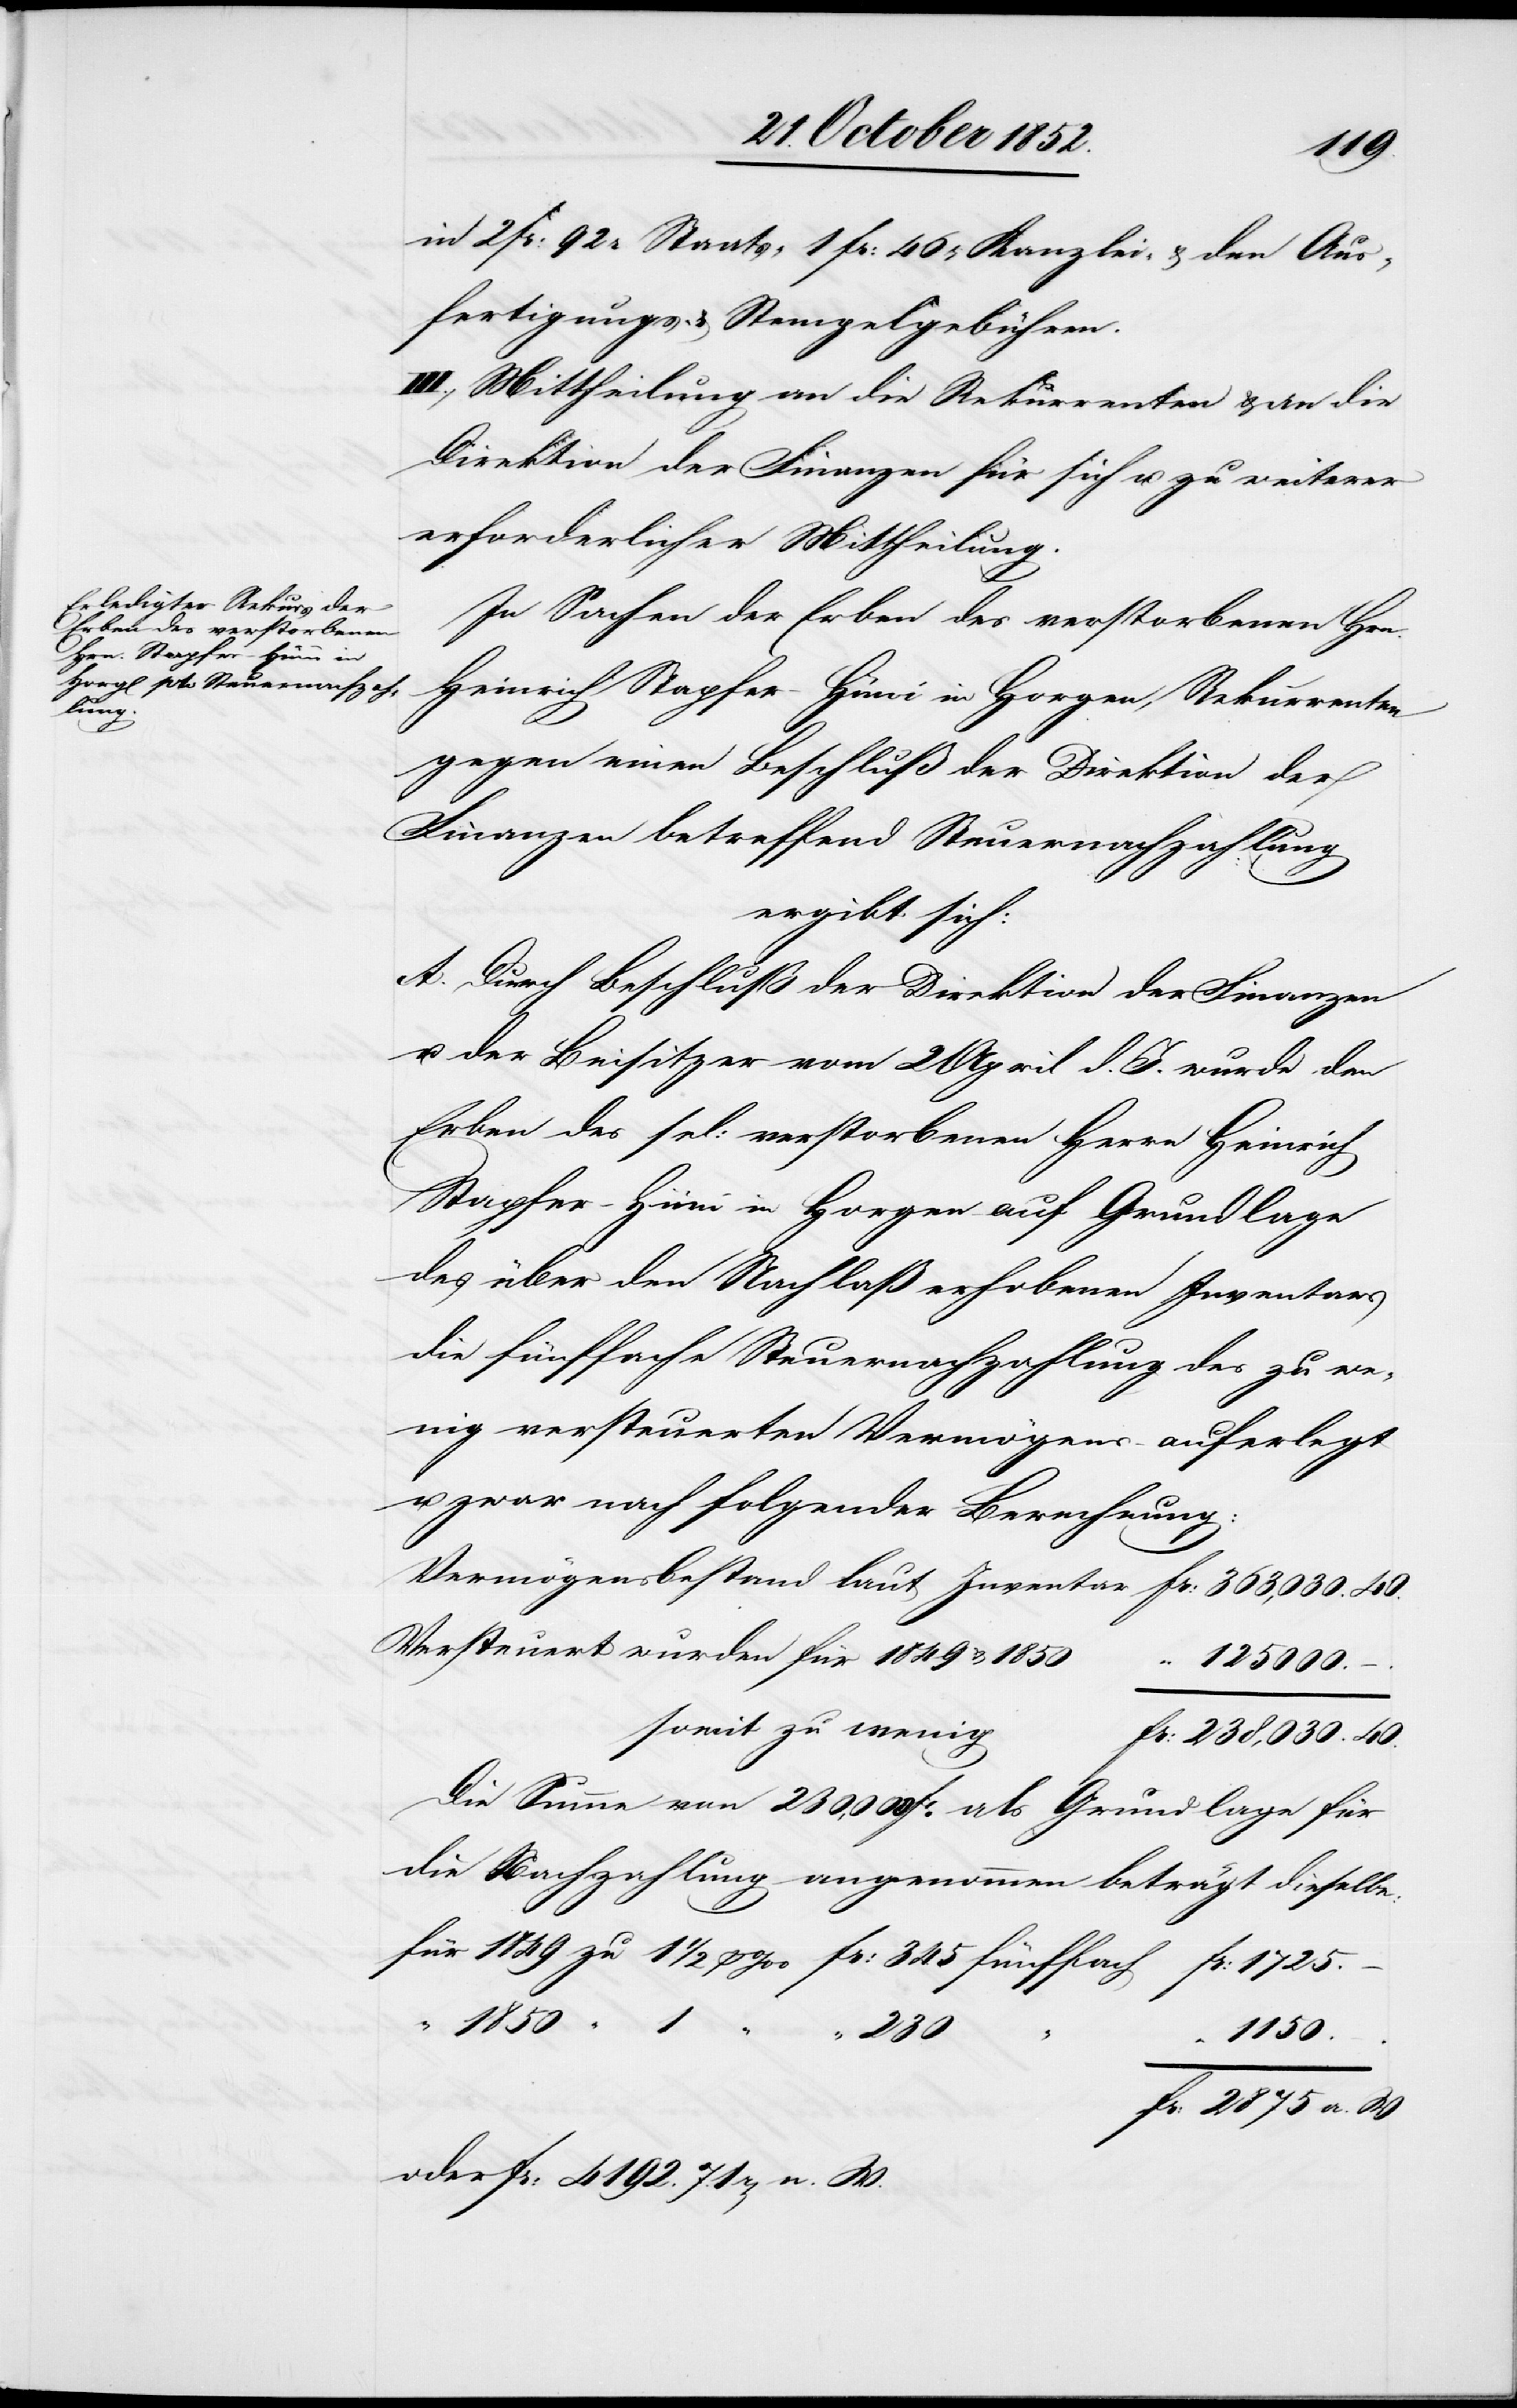
1850
III., Mittheilung an die Rekurrenten & an die
Direktion der Finanzen für sich u. zu weiterer
erforderlicher Mittheilung.
In Sachen der Erben des verstorbenen Hrn.
Heinrich Stapfer-Hüni in Horgen, Rekurrenten
gegen einen Beschluß der Direktion der
Finanzen betreffend Steuernachzahlung
ergibt sich:
A. Durch Beschluß der Direktion der Finanzen
u. der Beisitzer vom 2 April d. J. wurde den
Erben des sel: verstorbenen Herrn Heinrich
Stapfer-Hüni in Horgen auf Grundlage
des über den Nachlaß erhobenen Inventars
die fünffache Steuernachzahlung des zu we¬
nig versteuerten Vermögens auferlegt
u. zwar nach folgender Berechnung:
Versteuert wurden für 1849 & 1850
125 000. –.
somit zu wenig
Die Summe von 230,000 Fr. als Grundlage für
die Nachzahlung angenommen beträgt dieselbe:
1 “
230
“
1150.
Fr: 2875 a. W
oder Fr: 4192. 71 rp[en] n. W.